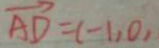
\overrightarrow { A D } = ( - 1 , 0 ,